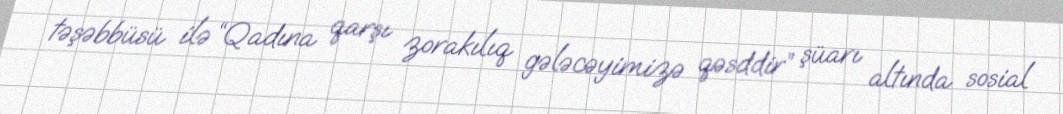
təşəbbüsü ilə “Qadına qarşı zorakılıq gələcəyimizə qəsddir” şüarı altında sosial